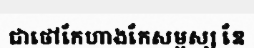
ជាថៅកែហាងកែសម្ផស្ស ឌែ